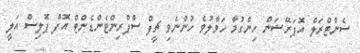
ސެންޓްރަލް އޮޕަރޭޝަން ހިންގުމާ ހަވާލުވެ ހުންނެވި ޗީފް ސްޕްރިންޓެންޑެންޓް އޮފް ޕޮލިސް އަލީ